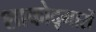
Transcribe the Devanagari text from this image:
शाकोद्गारों